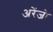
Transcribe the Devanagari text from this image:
अरेंजो